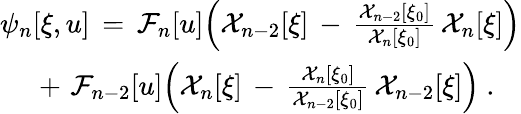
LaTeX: \begin{array}{r}{\psi_{n}[\xi,u]\, =\, \mathcal{F}_{n}[u]\Big(\mathcal{X}_{n-2}[\xi]\, -\, \frac{\mathcal{X}_{n-2}[\xi_{0}]}{\mathcal{X}_{n}[\xi_{0}]}\, \mathcal{X}_{n}[\xi]\Big)}\\ {+\, \, \mathcal{F}_{n-2}[u]\Big(\mathcal{X}_{n}[\xi]\, -\, \frac{\mathcal{X}_{n}[\xi_{0}]}{\mathcal{X}_{n-2}[\xi_{0}]}\, \mathcal{X}_{n-2}[\xi]\Big)\ .\ \ \ }\end{array}